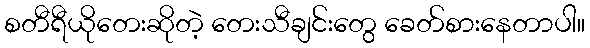
စတီရီယိုတေးဆိုတဲ့ တေးသီချင်းတွေ ခေတ်စားနေတာပါ။